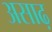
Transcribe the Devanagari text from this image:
असाढ़